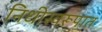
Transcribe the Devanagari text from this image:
निधीस्वरूपात